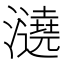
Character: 𤃤